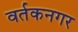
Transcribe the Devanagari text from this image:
वर्तकनगर